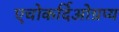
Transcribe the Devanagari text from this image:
एचोकर्दिओग्रप्य